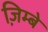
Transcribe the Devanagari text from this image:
ज़िम्बे